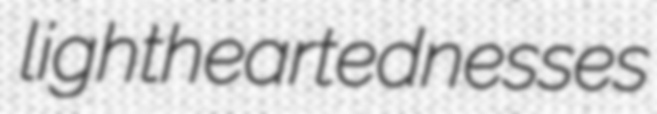
lightheartednesses